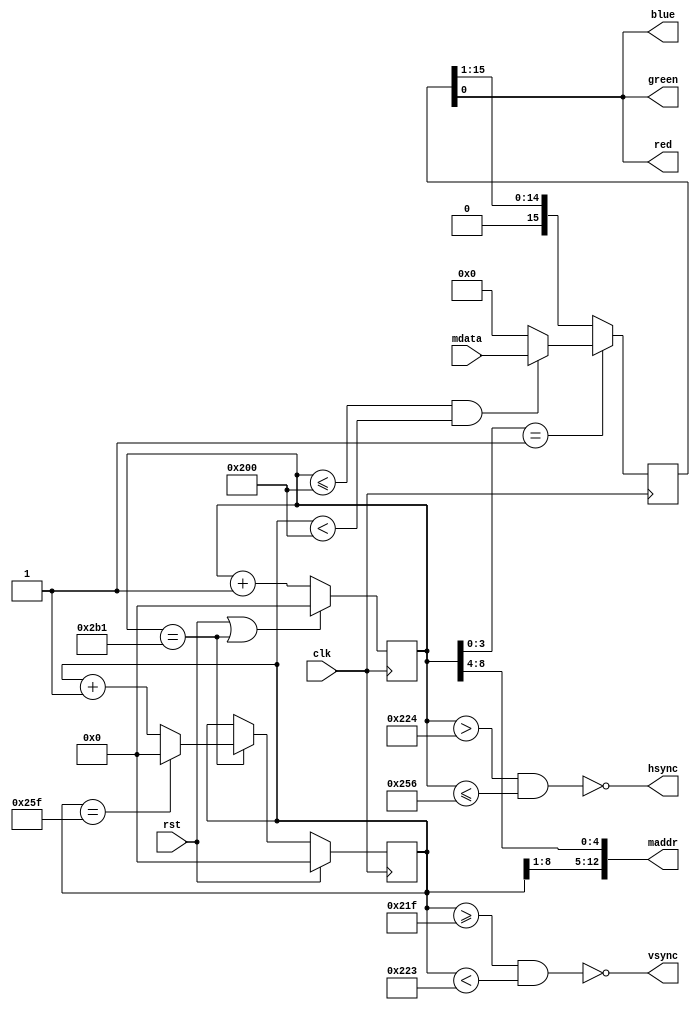
module vga512x256 (
	input wire clk,
	input wire rst,
	output wire [12:0] maddr,	// address to video memory
	input wire [15:0] mdata,	// data from video memory
	output wire red,
	output wire green,
	output wire blue,
	output wire hsync,
	output wire vsync);

	//
	// Horizontal timing
	//          ______________________          ________
	// ________|        VIDEO         |________| VIDEO (next line)
	//     |-C-|----------D-----------|-E-|
	// __   ______________________________   ___________
	//   |_|                              |_|
	//   |B|
	//
	parameter B = 50;	// Sync pulse length
	parameter C = 92;	// Back porch
	parameter D = 512;	// Active video
	parameter E = 36;	// Front porch

	//
	// Vertical timing
	//          ______________________          ________
	// ________|        VIDEO         |________|  VIDEO (next frame)
	//     |-Q-|----------R-----------|-S-|
	// __   ______________________________   ___________
	//   |_|                              |_|
	//   |P|
	//
	parameter P = 4;	// Sync length
	parameter Q = 61;	// Back porch
	parameter R = 512;	// Active video
	parameter S = 31;	// Front porch

	// Current pixel's X-Y position.
	reg [9:0] cnt_x;
	reg [9:0] cnt_y;

	// Video data shift register.
	reg [15:0] word;

	// Video output bits.
	assign red = word[0];
	assign green = word[0];
	assign blue = word[0];

	// Address of video memory.
	assign maddr = { cnt_y[8:1], cnt_x[8:4] };

	// Delay hsync by 1 clock.
	assign hsync = ~(cnt_x > (D + E) && cnt_x <= (D + E + B));
	assign vsync = ~(cnt_y >= (R + S) && cnt_y < (R + S + P));

	always @(posedge clk) begin
		// Horizontal dot counter.
		if (rst || cnt_x == (B + C + D + E - 1))
			cnt_x <= 0;
		else
			cnt_x <= cnt_x + 1;

		// Vertical line counter.
		if (rst)
			cnt_y <= 0;
		else if (cnt_x == (B + C + D + E - 1)) begin
			if (cnt_y == (P + Q + R + S - 1))
				cnt_y <= 0;
			else
				cnt_y <= cnt_y + 1;
		end

		// Video data shift register.
		// Reading from memory must be delayed by 1 clock.
		if (cnt_x[3:0] == 1) begin
			if (cnt_x <= D && cnt_y < R)
				word <= mdata;
			else
				word <= 0;
		end else
			word <= { 1'b0, word[15:1] };
	end
endmodule